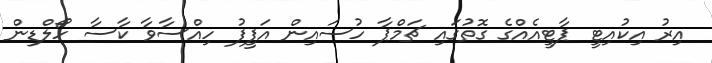
އިރު އިކުއިޓީ ޕާޓީއެއްގެ ގޮތުގައި ޗަމްޕާ ހުސައިން އަފީފު ހިއްސާވާ ކާސާ ހޯލްޑިން